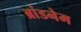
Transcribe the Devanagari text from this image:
ब्रांडनेम